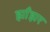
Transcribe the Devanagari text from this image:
झाँझर